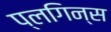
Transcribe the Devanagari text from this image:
प्लगिन्स